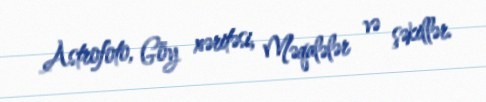
Astrofoto, Göy xəritəsi, Məqalələr və şəkillər.